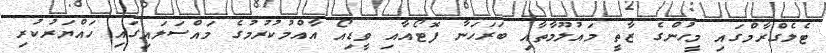
ޓެލެގްރާމްގައި މީހުންގެ ޒާތީ މައުލޫމާތާއި ބަރަހަނާ ފޮޓޯއާއި ވީޑިއޯ އާއްމުކުރުމުގެ މައްސަލައިގައި ހައްޔަރުކުރި